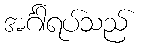
အင်္ဂါရပ်သည်